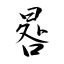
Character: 晷